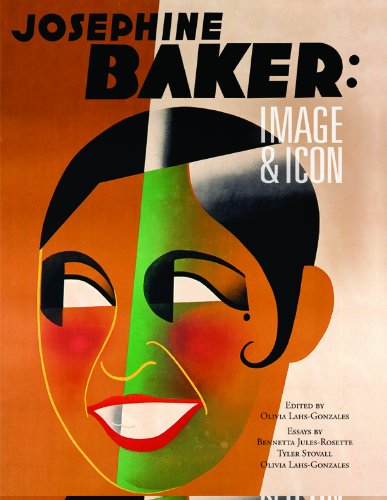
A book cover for Josephine Baker: Image and Icon; Bennetta Jules Rosette; Biographies & Memoirs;